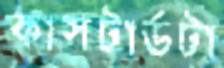
কাসটার্ডটা